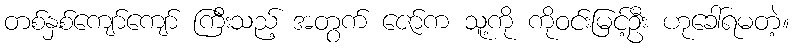
တစ်နှစ်ကျော်ကျော် ကြီးသည့် အတွက် ဇော်က သူ့ကို ကိုဝင်းမြင့်ဦး ဟုခေါ်ရမတဲ့။